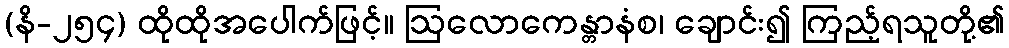
(နိ-၂၅၄) ထိုထိုအပေါက်ဖြင့်။ ဩလောကေန္တာနံစ၊ ချောင်း၍ ကြည့်ရသူတို့၏